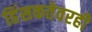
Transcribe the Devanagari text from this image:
हिंसकतेवरही